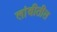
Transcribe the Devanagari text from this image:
लांबीतील